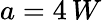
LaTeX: a=4\, W